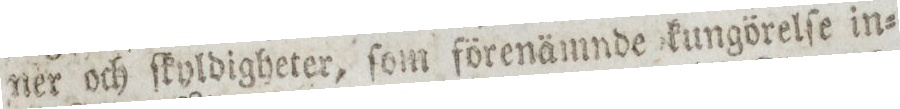
ner och ſkyldigheter, ſom förenämnde kungörelſe in=